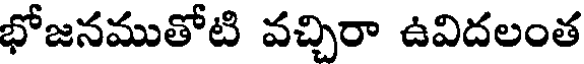
భోజనముతోటి వచ్చిరా ఉవిదలంత